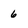
Character: 6